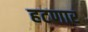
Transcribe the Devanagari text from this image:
हटणार